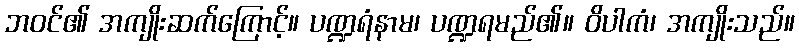
ဘဝင်၏ အကျိုးဆက်ကြောင့်။ ပဏ္ဍရံနာမ၊ ပဏ္ဍရမည်၏။ ဝိပါကံ၊ အကျိုးသည်။